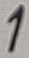
Text: 1